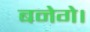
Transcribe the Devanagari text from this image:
बनेगे।